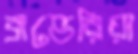
ব্রাভেরিয়া